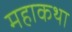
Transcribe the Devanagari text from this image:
महाकथा